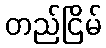
တည်ငြိမ်